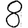
Digit: 8